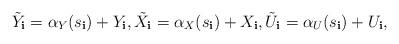
LaTeX: \begin{align*}\tilde{Y}_{\mathbf{i}}=\alpha_{Y}(s_{\mathbf{i}})+Y_{\mathbf{i}},\tilde{X}_{\mathbf{i}}=\alpha_{X}(s_{\mathbf{i}})+X_{\mathbf{i}},\tilde{U}_{\mathbf{i}}=\alpha_{U}(s_{\mathbf{i}})+U_{\mathbf{i}},\end{align*}